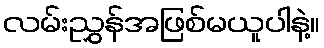
လမ်းညွှန်အဖြစ်မယူပါနဲ့။